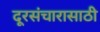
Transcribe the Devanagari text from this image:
दूरसंचारासाठी